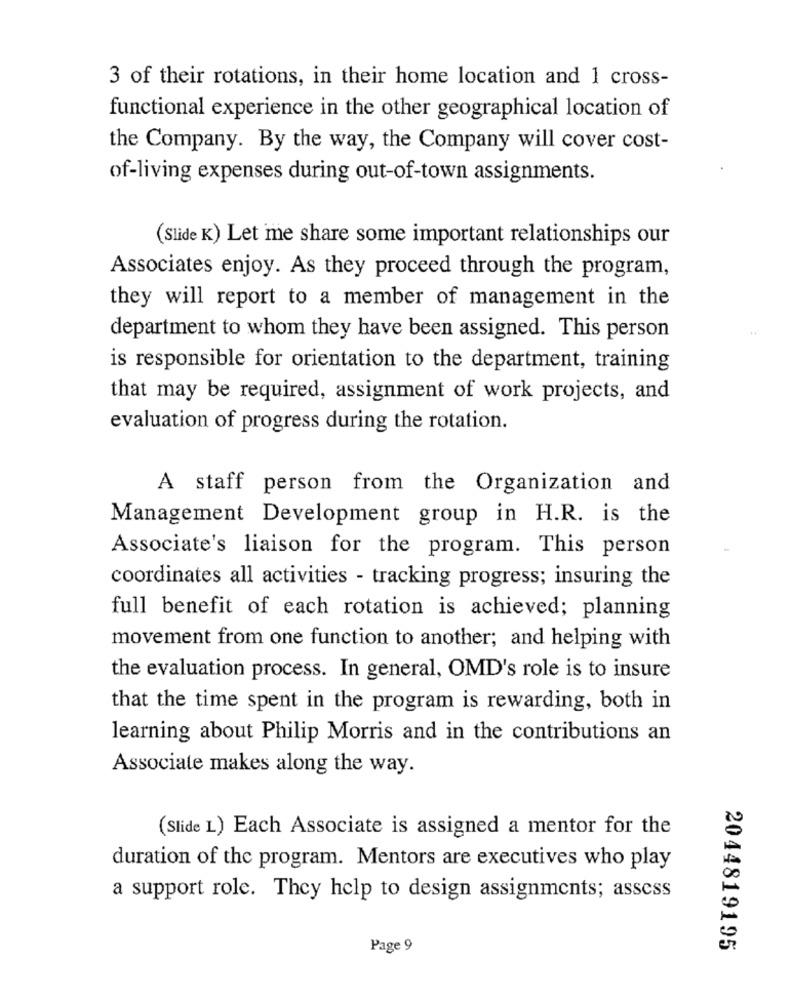
3 of their rotations, in their home location and 1 cross-
functional experience in the other geographical location of
the Company. By the way, the Company will cover cost-
of-living expenses during out-of-town assignments.
(Slide K) Let me share some important relationships our
Associates enjoy. As they proceed through the program,
they will report to a member of management in the
department to whom they have been assigned. This person
is responsible for orientation to the department, training
that may be required, assignment of work projects, and
evaluation of progress during the rotation.
A staff person from the Organization and
Management Development group in H.R. is the
Associate's liaison for the program. This person
coordinates all activities - tracking progress; insuring the
full benefit of each rotation is achieved; planning
movement from one function to another; and helping with
the evaluation process. In general, OMD's role is to insure
that the time spent in the program is rewarding, both in
learning about Philip Morris and in the contributions an
Associate makes along the way.
(Slide L) Each Associate is assigned a mentor for the
duration of the program. Mentors are executives who play
a support role. They help to design assignments; assess
Page 9
2044819195